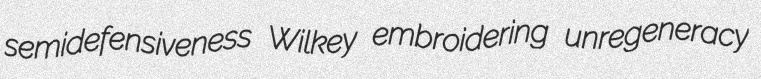
semidefensiveness Wilkey embroidering unregeneracy